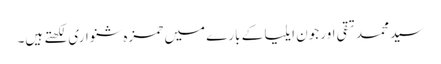
سید محمد تقی اور جون ایلیا کے بارے میں حمزہ شنواری لکھتے ہیں۔